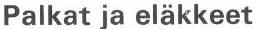
Palkat ja eläkkeet